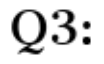
Q3: